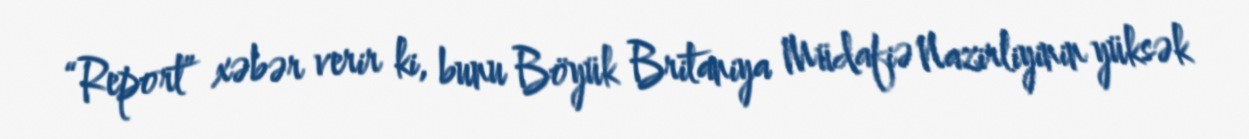
“Report” xəbər verir ki, bunu Böyük Britaniya Müdafiə Nazirliyinin yüksək